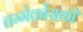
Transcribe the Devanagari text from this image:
तम्मेर्कोसकी